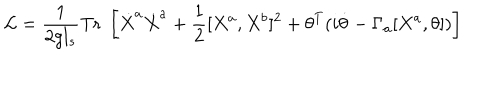
LaTeX: { \cal L } = \frac { 1 } { 2 g l _ { s } } \mathrm { T r } \; \left[ \dot { X } ^ { a } \dot { X } ^ { a } + \frac { 1 } { 2 } [ X ^ { a } , X ^ { b } ] ^ { 2 } + \theta ^ { T } ( i \dot { \theta } - \Gamma _ { a } [ X ^ { a } , \theta ] ) \right]